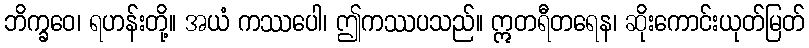
ဘိက္ခဝေ၊ ရဟန်းတို့။ အယံ ကဿပေါ၊ ဤကဿပသည်။ ဣတရီတရေန၊ ဆိုးကောင်းယုတ်မြတ်